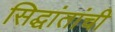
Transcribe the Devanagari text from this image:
सिद्घांतांची